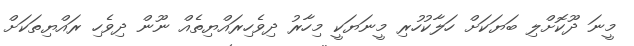
މީނަ ދޫކޮށްލި ބަޔަކަށް ހަލާކުހުރި މީނަޔަކީ މިހާރު ދިވެހިރައްޔިތެއް ނޫން ދިވެހި ރައްޔިތަކަށް